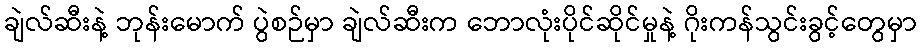
ချဲလ်ဆီးနဲ့ ဘုန်းမောက် ပွဲစဉ်မှာ ချဲလ်ဆီးက ဘောလုံးပိုင်ဆိုင်မှုနဲ့ ဂိုးကန်သွင်းခွင့်တွေမှာ